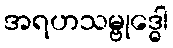
အရဟသမ္ဗုဒ္ဓေါ